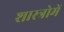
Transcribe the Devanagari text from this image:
शास्त्रोमें